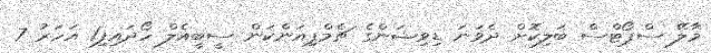
މާލޭ ސްޕޯޓްސް ބަލިކޮށް ދެވަނަ ޑިވިޝަންގެ ޗެމްޕިއަންކަން ސީބީއެލް ހޯދައިފި1 އަހަރު 7